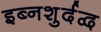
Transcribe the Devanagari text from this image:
इब्नशुर्दद्व